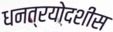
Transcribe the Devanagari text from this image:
धनत्रयोदशीस